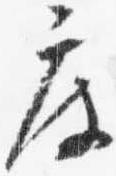
度